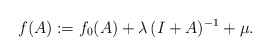
\begin{align*} f(A) := f_0 (A) + \lambda \, (I+A)^{-1} + \mu .\end{align*}